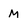
Character: M